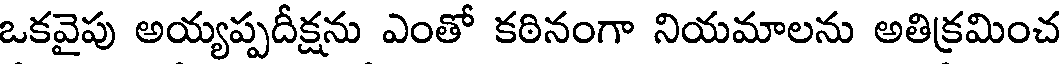
ఒకవైపు అయ్యప్పదీక్షను ఎంతో కఠినంగా నియమాలను అతిక్రమించ